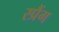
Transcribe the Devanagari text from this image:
स्प्रैंग